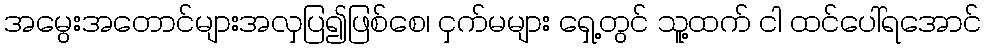
အမွေးအတောင်များအလှပြ၍ဖြစ်စေ၊ ငှက်မများ ရှေ့တွင် သူ့ထက် ငါ ထင်ပေါ်ရအောင်